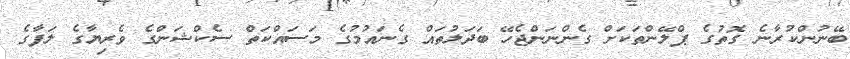
ބޭނުންކުރާނެ ގޮތުގެ ޕްލޭންތަކަށް ގެންނަންޖެހޭ ބަދަލުތައް ގެނައުމުގެ މަސައްކަތް ސެކްޝަންގެ ވެރިޔާގެ ލަފާގެ